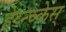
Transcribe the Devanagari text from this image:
हेय्न्च्केस्